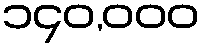
၁၄၀,၀၀၀